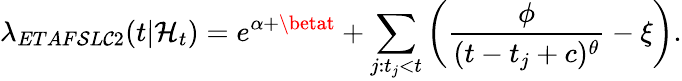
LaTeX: \lambda_{ETAF\mathcal{S}L\mathcal{C}2}(t|\mathcal{{H}}_{t})=e^{\alpha+\betat}+\sum_{j:t_{j}<t}\left(\frac{{\phi}}{{(t-t_{j}+c)^{\theta}}}-\xi\right).